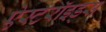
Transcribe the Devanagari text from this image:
ऐस्टरॉइड्स